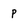
Character: p